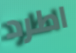
اطرد